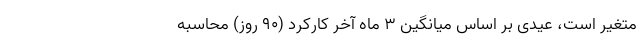
متغیر است، عیدی بر اساس میانگین ۳ ماه آخر کارکرد (۹۰ روز) محاسبه